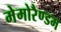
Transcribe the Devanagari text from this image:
मेमोरैण्डम